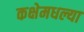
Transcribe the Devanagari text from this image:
कक्षेमधल्या